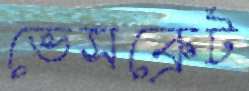
ভেসক্রেট